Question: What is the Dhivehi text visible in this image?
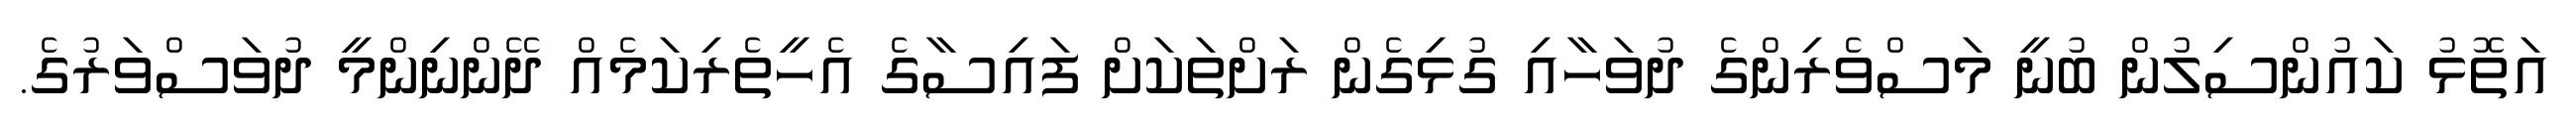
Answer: އަތޮޅު ކައުންސިލުން ބުނީ މަސްވެރިންގެ ދުވަހާއި ގުޅިގެން ރަށްތަކަށް ފައިސާގެ އެހީތެރިކަމެއް ދޭންނިންމީ ދުވަސްވަރުގެ.